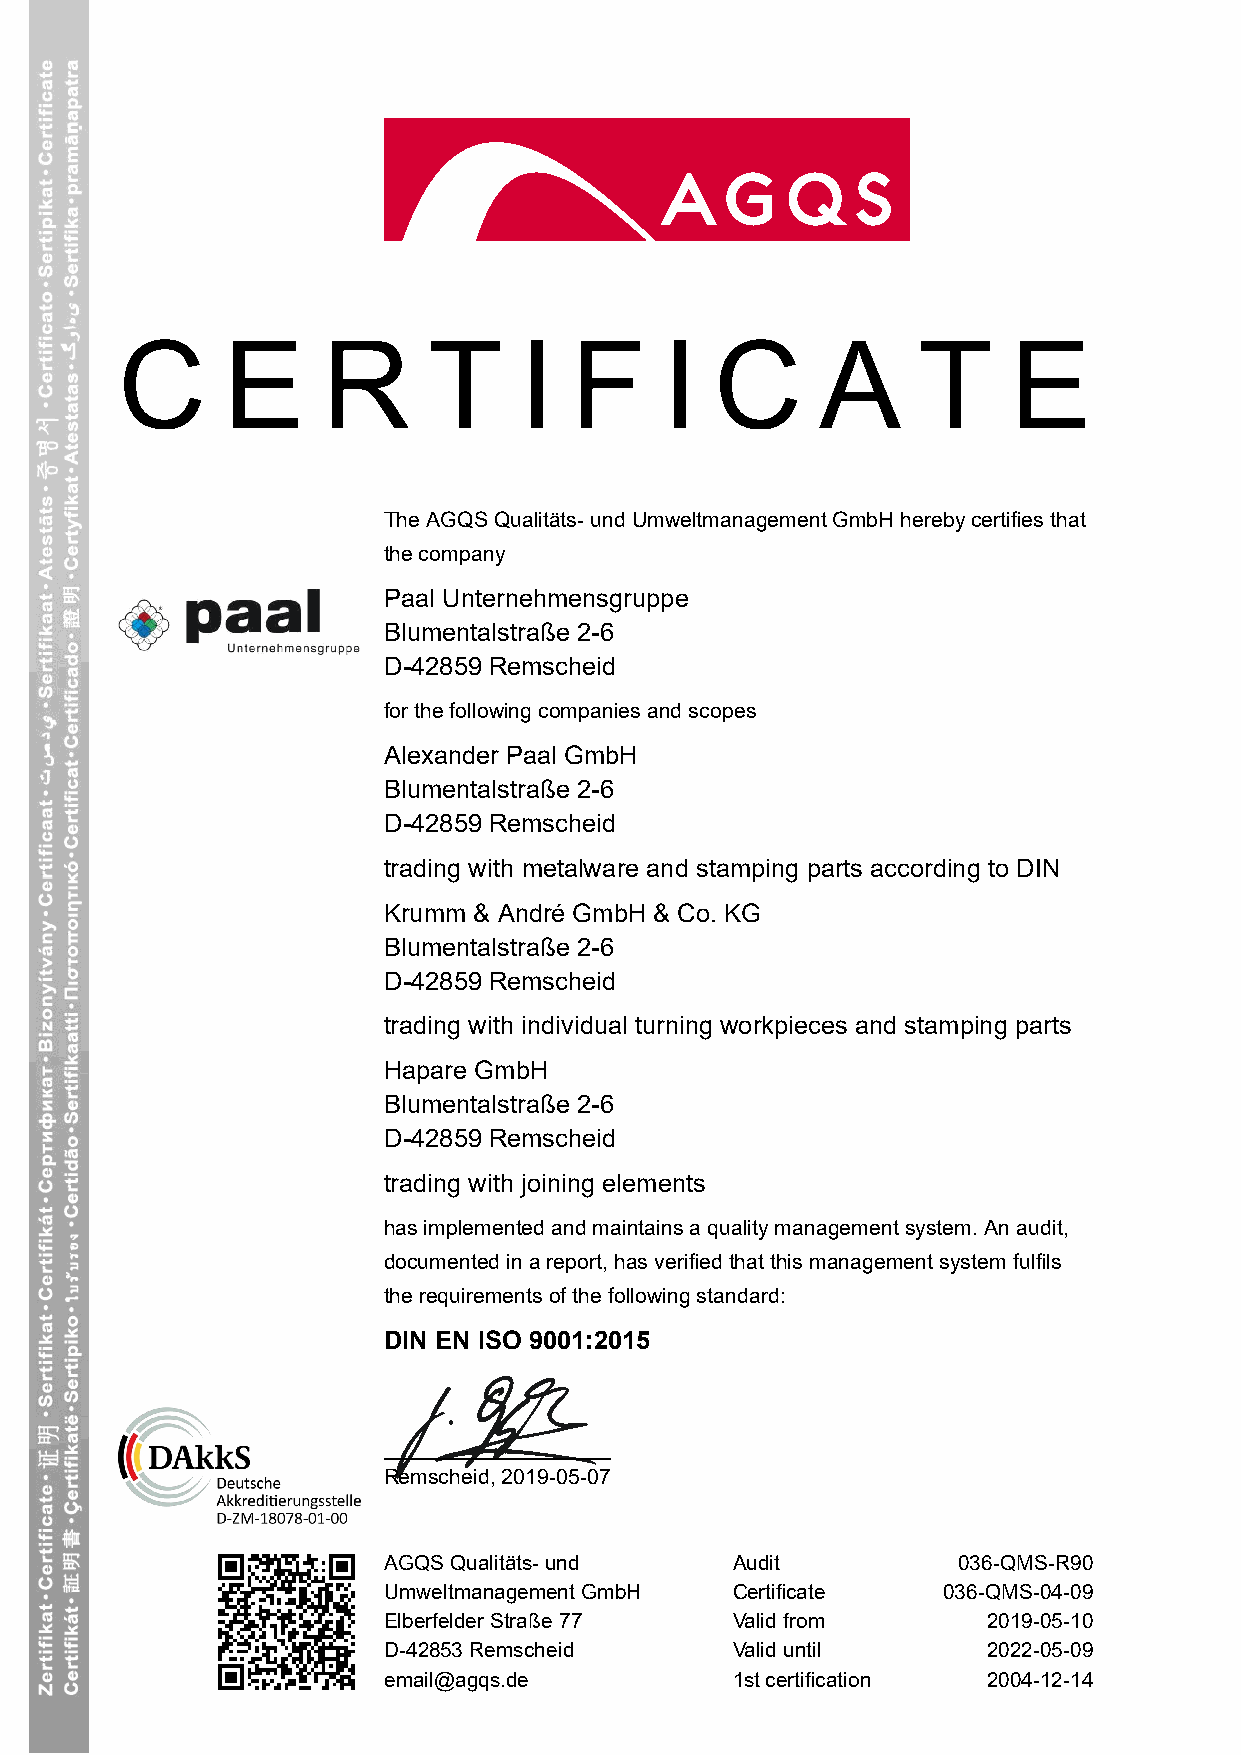
The AGQS Qualitäts- und Umweltmanagement GmbH hereby certifies that
 the company
 Paal Unternehmensgruppe
 Blumentalstraße 2-6
 D-42859 Remscheid
 for the following companies and scopes
 Alexander Paal GmbH
 Blumentalstraße 2-6
 D-42859 Remscheid
 trading with metalware and stamping parts according to DIN
 Krumm & André GmbH & Co. KG
 Blumentalstraße 2-6
 D-42859 Remscheid
 trading with individual turning workpieces and stamping parts
 Hapare GmbH
 Blumentalstraße 2-6
 D-42859 Remscheid
 trading with joining elements
 has implemented and maintains a quality management system. An audit,
 documented in a report, has verified that this management system fulfils
 the requirements of the following standard:
 DIN EN ISO 9001:2015
 Remscheid, 2019-05-07
 AGQS Qualitäts- und    Audit          036-QMS-R90
 Umweltmanagement GmbH  Certificate   036-QMS-04-09
 Elberfelder Straße 77  Valid from       2019-05-10
 D-42853 Remscheid      Valid until      2022-05-09
 email@agqs.de          1st certification 2004-12-14